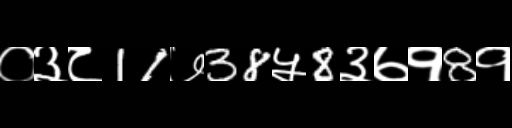
Text: ०३८11७38५8३७१8१